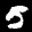
Label: 5